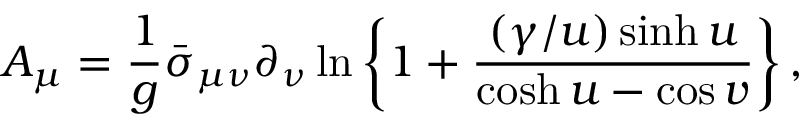
A _ { \mu } = \frac { 1 } { g } \bar { \sigma } _ { \mu \nu } \partial _ { \nu } \ln \left\{ 1 + \frac { ( \gamma / u ) \sinh u } { \cosh u - \cos v } \right\} ,